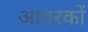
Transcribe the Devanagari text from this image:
आवरकों